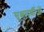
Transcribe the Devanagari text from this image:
सूक्ष्मदर्शीओं